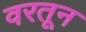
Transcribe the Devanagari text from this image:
वरतून